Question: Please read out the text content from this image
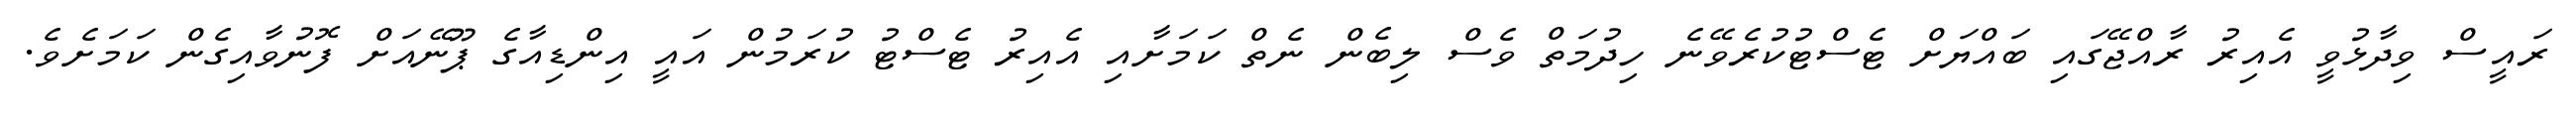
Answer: ރައީސް ވިދާޅުވީ އެއިރު ރާއްޖޭގައި ބައްޔަށް ޓެސްޓުކުރެވޭނެ ހިދުމަތް ވެސް ލިބެން ނެތް ކަމަށާއި އެއިރު ޓެސްޓު ކުރަމުން އައީ އިންޑިއާގެ ޕޫނޭއަށް ފޮނުވާއިގެން ކަމަށެވެ.